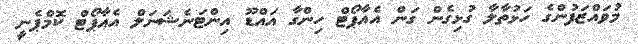
މުވައްޒަފުންގެ ހަޅުތާލާ ގުޅިގެން ގަން އެއާޕޯޓް ހިންގާ އައްޑޫ އިންޓަނެޝަަަނަލް އެއާޕޯޓް ކޮމްޕެނީ